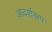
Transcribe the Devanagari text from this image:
आदर्शरूप